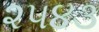
૨૫૪૩